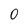
Character: 0